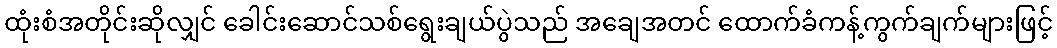
ထုံးစံအတိုင်းဆိုလျှင် ခေါင်းဆောင်သစ်ရွေးချယ်ပွဲသည် အချေအတင် ထောက်ခံကန့်ကွက်ချက်များဖြင့်